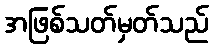
အဖြစ်သတ်မှတ်သည်